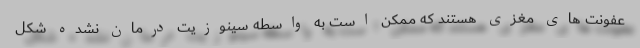
عفونت های مغزی هستند که ممکن است به واسطه سینوزیت درمان نشده شکل